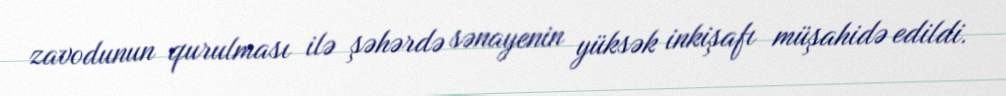
zavodunun qurulması ilə şəhərdə sənayenin yüksək inkişafı müşahidə edildi.